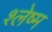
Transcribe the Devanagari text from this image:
श्‍लेष्‍म